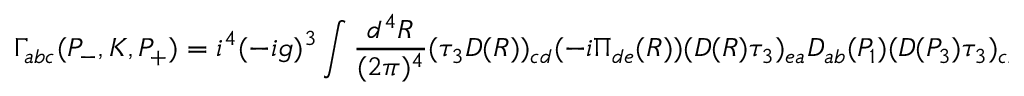
\Gamma _ { a b c } ( P _ { - } , K , P _ { + } ) = i ^ { 4 } ( - i g ) ^ { 3 } \int \frac { d ^ { 4 } R } { ( 2 \pi ) ^ { 4 } } ( \tau _ { 3 } D ( R ) ) _ { c d } ( - i \Pi _ { d e } ( R ) ) ( D ( R ) \tau _ { 3 } ) _ { e a } D _ { a b } ( P _ { 1 } ) ( D ( P _ { 3 } ) \tau _ { 3 } ) _ { c b }